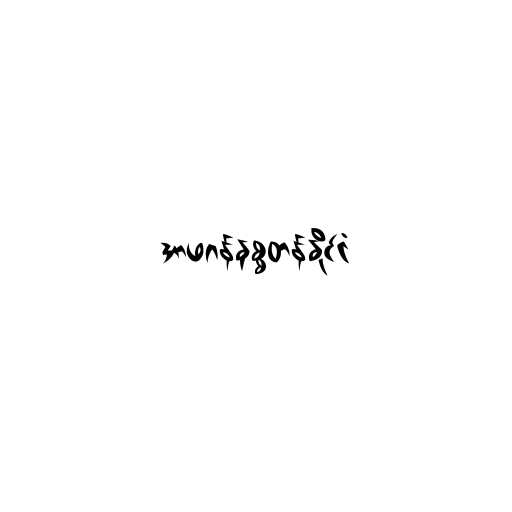
အာဖဂန်နစ္စတန်နိုင်ငံ